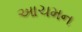
આચમન